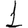
Digit: 1